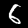
Label: 6